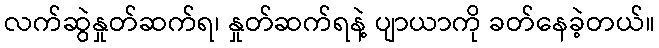
လက်ဆွဲနှုတ်ဆက်ရ၊ နှုတ်ဆက်ရနဲ့ ပျာယာကို ခတ်နေခဲ့တယ်။